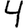
Digit: 4